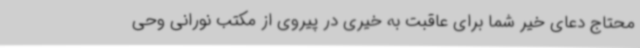
محتاج دعای خیر شما برای عاقبت به خیری در پیروی از مکتب نورانی وحی